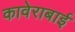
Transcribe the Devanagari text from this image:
कावेराबाई